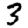
Digit: 3